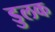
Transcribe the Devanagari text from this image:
डुलक